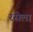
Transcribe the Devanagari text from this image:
रसेला